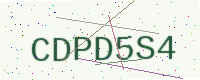
Text: CDPD5S4